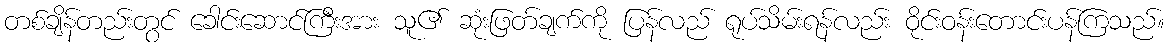
တစ်ချိန်တည်းတွင် ခေါင်းဆောင်ကြီးအား သူ၏ ဆုံးဖြတ်ချက်ကို ပြန်လည် ရုပ်သိမ်းရန်လည်း ဝိုင်းဝန်းတောင်းပန်ကြသည်။